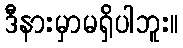
ဒီနားမှာမရှိပါဘူး။